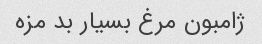
ژامبون مرغ بسیار بد مزه